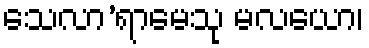
သေလာ’ရာမေသု မလယော၊